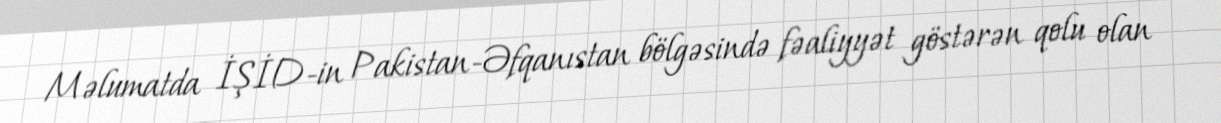
Məlumatda İŞİD-in Pakistan-Əfqanıstan bölgəsində fəaliyyət göstərən qolu olan